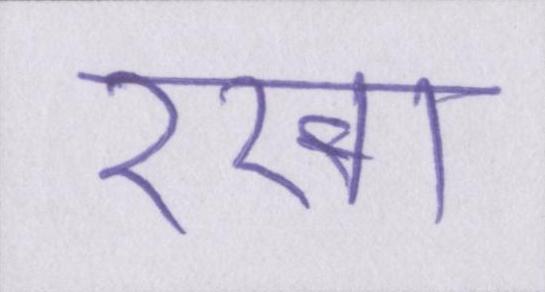
रखा